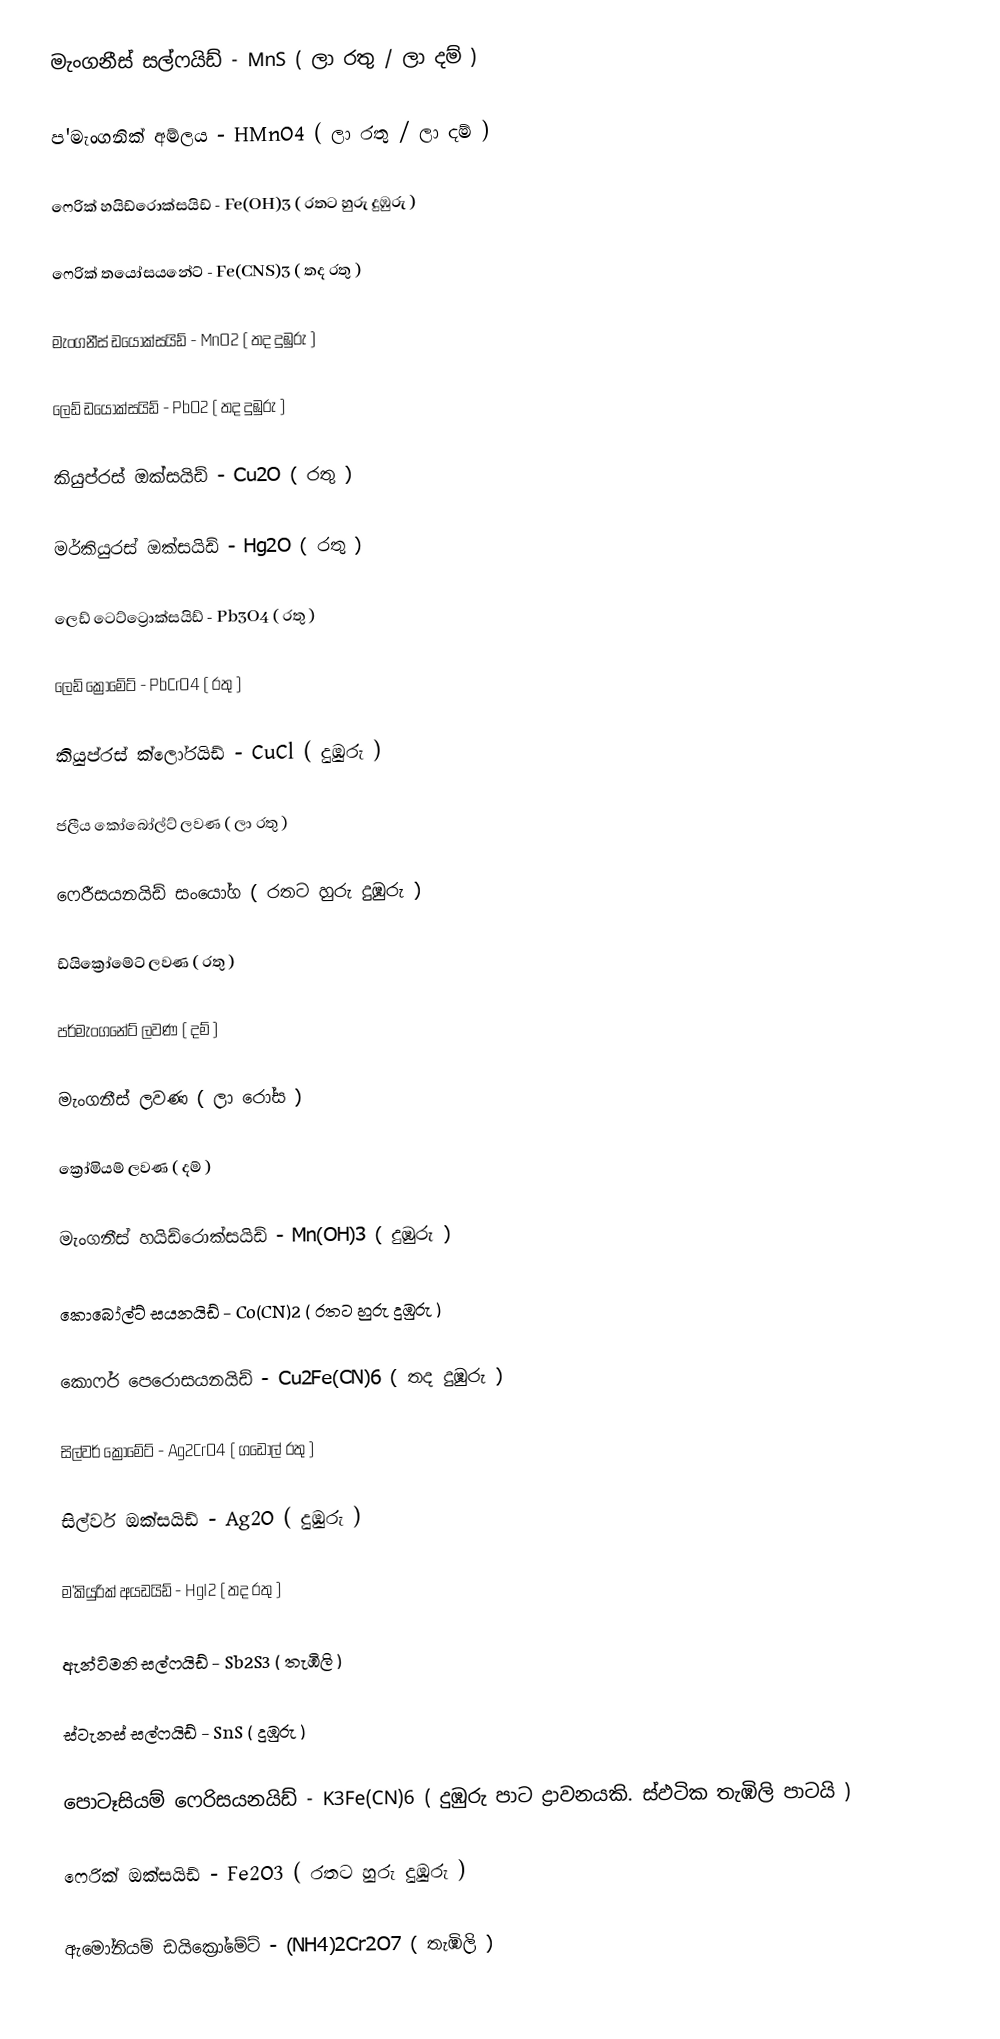
මැංගනීස් සල්ෆයිඩ් - MnS ( ලා රතු / ලා දම් )

ප'මැංගනික් අම්ලය - HMnO4 ( ලා රතු / ලා දම් )

ෆෙරික් හයිඩ්රොක්සයිඩ් - Fe(OH)3 ( රතට හුරු දුඹුරු )

ෆෙරික් තයෝසයනේට් - Fe(CNS)3 ( තද රතු )

මැංගනීස් ඩයොක්සයිඩ් - MnO2 ( තද දුඹුරු )

ලෙඩ් ඩයොක්සයිඩ් - PbO2 ( තද දුඹුරු )

කියුප්රස් ඔක්සයිඩ් - Cu2O ( රතු )

මර්කියුරස් ඔක්සයිඩ් - Hg2O ( රතු )

ලෙඩ් ටෙට්ට්‍රොක්සයිඩ් - Pb3O4 ( රතු )

ලෙඩ් ක්‍රෝමේට් - PbCrO4 ( රතු )

කියුප්රස් ක්ලෝරයිඩ් - CuCl ( දුඹුරු )

ජලීය කෝබෝල්ට් ලවණ ( ලා රතු )

ෆෙරීසයනයිඩ් සංයෝග ( රතට හුරු දුඹුරු )

ඩ්යික්‍රෝමේට් ලවණ ( රතු )

පර්මැංගනේට් ලවණ ( දම් )

මැංගනීස් ලවණ ( ලා රෝස )

ක්‍රෝමියම් ලවණ ( දම් )

මැංගනීස් හයිඩ්රොක්සයිඩ් - Mn(OH)3 ( දුඹුරු )

කොබෝල්ට් සයනයිඩ් - Co(CN)2 ( රතට හුරු දුඹුරු )

කොෆර් පෙරොසයනයිඩ් - Cu2Fe(CN)6 ( තද දුඹුරු )

සිල්වර් ක්‍රෝමේට් - Ag2CrO4 ( ගඩොල් රතු )

සිල්වර් ඔක්සයිඩ් - Ag2O ( දුඹුරු )

ම'කියුරික් අයඩයිඩ් - HgI2 ( තද රතු )

ඇන්ටිමනි සල්ෆයිඩ් - Sb2S3 ( තැඹිලි )

ස්ටැනස් සල්ෆයිඩ් - SnS ( දුඹුරු )

පොටෑසියම් ෆෙරිසයනයිඩ් - K3Fe(CN)6 ( දුඹුරු පාට ද්‍රාවනයකි. ස්ඵටික තැඹිලි පාටයි )

ෆෙරික් ඔක්සයිඩ් - Fe2O3 ( රතට හුරු දුඹුරු )

ඇමෝනියම් ඩයික්‍රෝමේට් - (NH4)2Cr2O7 ( තැඹිලි )